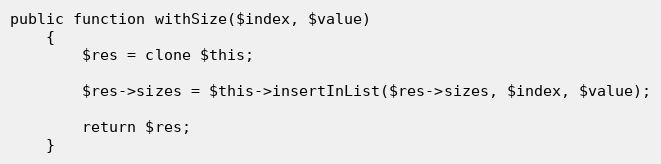
Language: PHP
public function withSize($index, $value)
    {
        $res = clone $this;

        $res->sizes = $this->insertInList($res->sizes, $index, $value);

        return $res;
    }